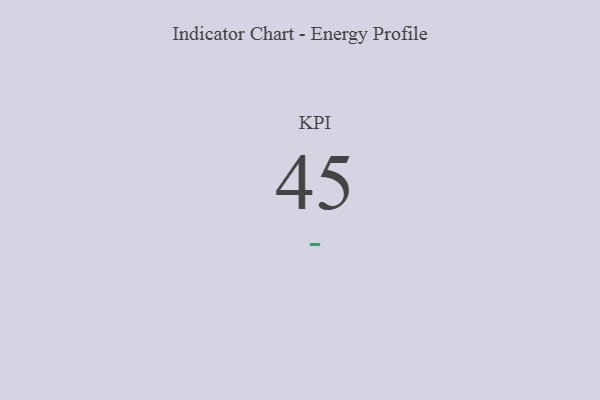
{"axis": {"x": "KPI", "y": "Value"}, "legend": [""], "data": [{"x": "KPI", "y": 45, "type": ""}]}